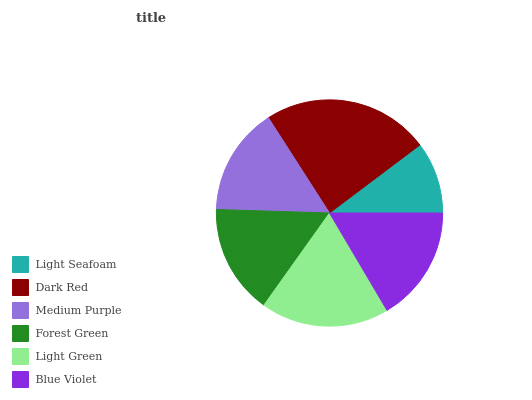
| Light Seafoam | Dark Red | Medium Purple | Forest Green | Light Green | Blue Violet |
 | --- | --- | --- | --- | --- | --- |
 | 10.3% | 23.9% | 15.4% | 15.6% | 18.3% | 16.5% |